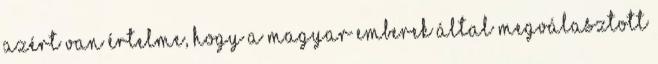
azért van értelme, hogy a magyar emberek által megválasztott